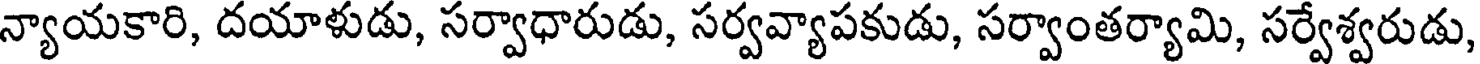
న్యాయకారి, దయాళుడు, సర్వాధారుడు, సర్వవ్యాపకుడు, సర్వాంతర్యామి, సర్వేశ్వరుడు,